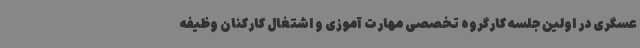
عسگری در اولین جلسه کارگروه تخصصی مهارت آموزی و اشتغال کارکنان وظیفه